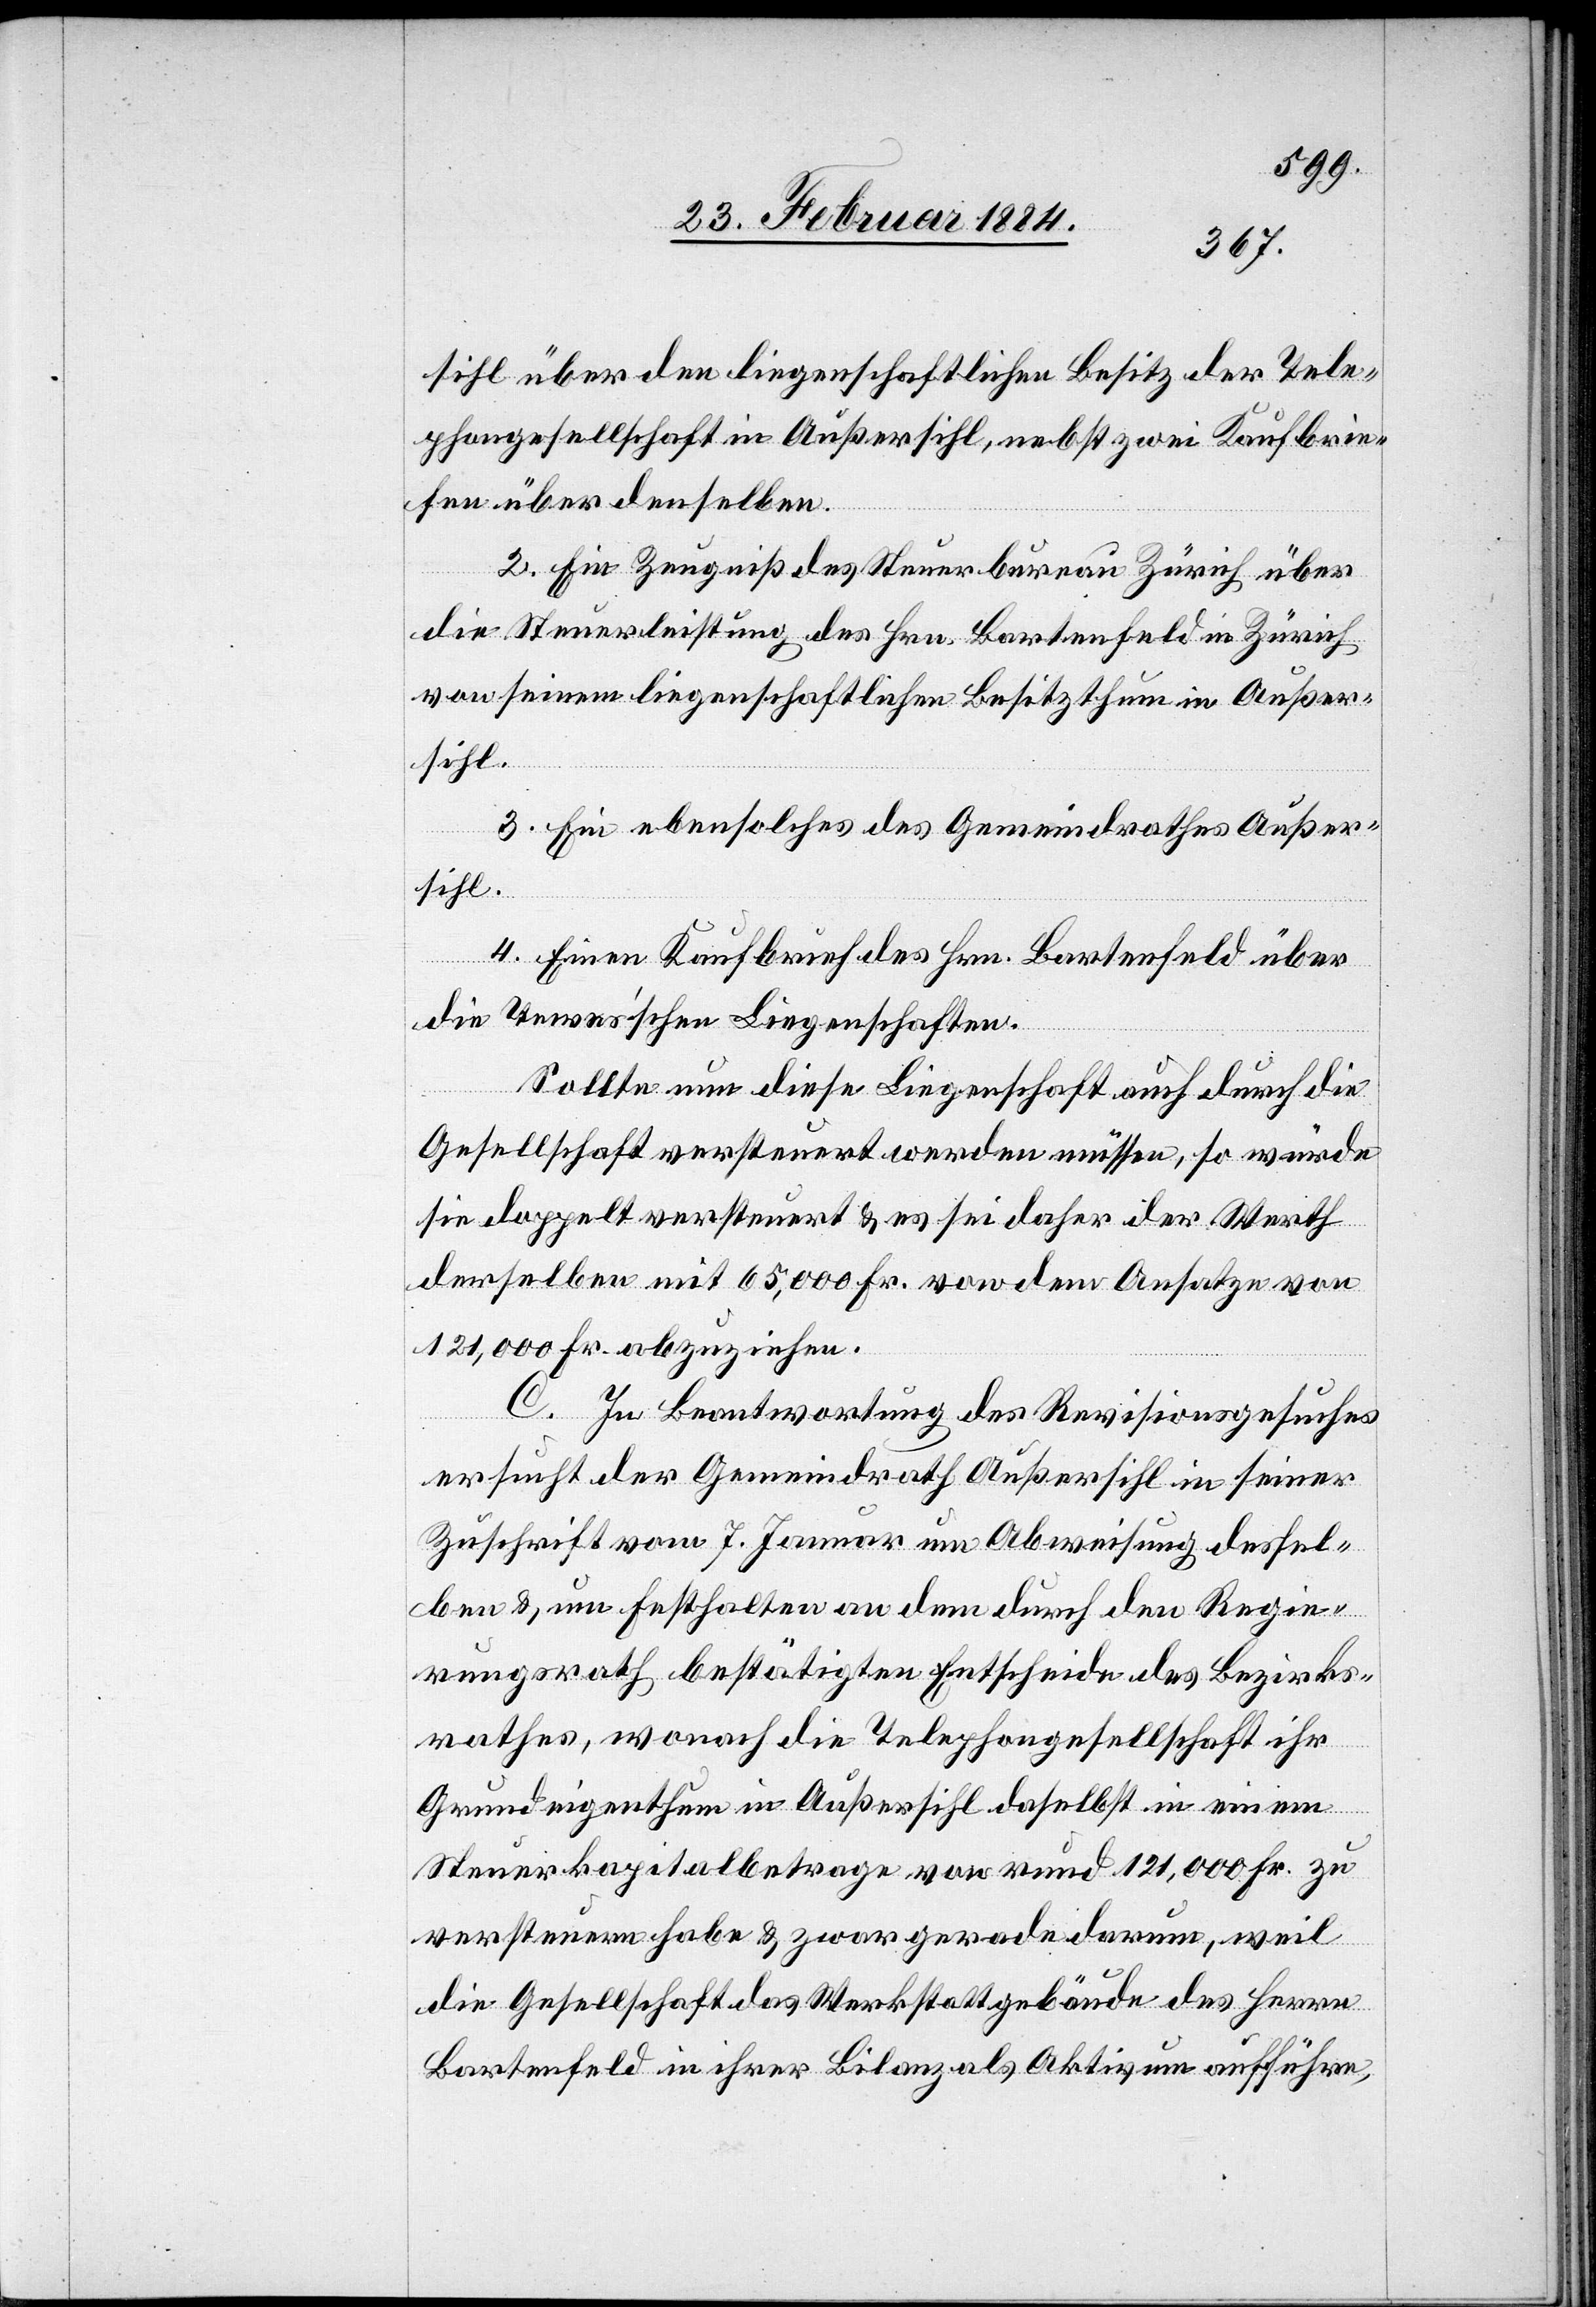
sihl über den liegenschaftlichen Besitz der Tele¬
phongesellschaft in Außersihl, nebst zwei Kaufbrie¬
fen über denselben.
2. Ein Zeugniß des Steuerbureau Zürich über
die Steuerleistung des Hrn. Bartenfeld in Zürich
von seinem liegenschaftlichen Besitzthum in Außer¬
sihl.
3. Ein ebensolches des Gemeindrathes Außer¬
sihl.
4. Einen Kaufbrief des Hrn. Bartenfeld über
die Tevens’sche Liegenschaften.
Sollte nun diese Liegenschaft auch durch die
Gesellschaft versteuert werden müssen, so würde
sie doppelt versteuert & es sei daher der Werth
derselben mit 65,000 Fr. von dem Ansatze von
121,000 Fr. abzuziehen.
C. In Beantwortung des Revisionsgesuches
ersucht der Gemeindrath Außersihl in seiner
Zuschrift vom 7. Januar um Abweisung dessel¬
ben & um Festhalten an dem durch den Regie¬
rungsrath bestätigten Entscheide des Bezirks¬
rathes, wonach die Telephongesellschaft ihr
Grundeigenthum in Außersihl daselbst in einem
Steuerkapitalbetrage von rund 121,000 Fr. zu
versteuern habe & zwar gerade darum, weil
die Gesellschaft das Werkstattgebäude des Herrn
Bartenfeld in ihrer Bilanz als Aktivum aufführe,